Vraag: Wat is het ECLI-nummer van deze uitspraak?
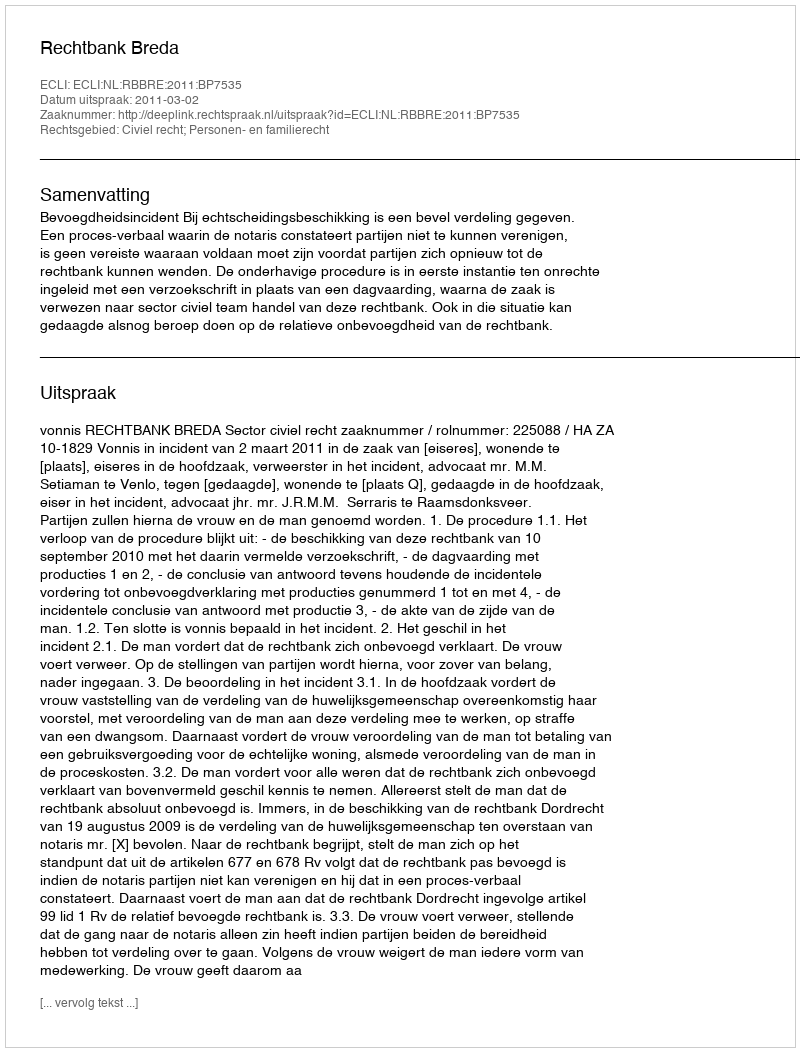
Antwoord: ECLI:NL:RBBRE:2011:BP7535